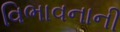
વિભાવનાની